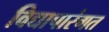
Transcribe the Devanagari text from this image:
विद्यापारंगत